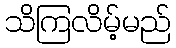
သိကြလိမ့်မည်